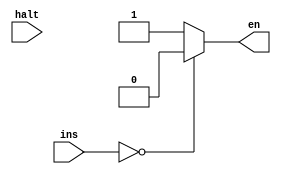
module pcControl (
    input [31:0] ins,
    input halt,
    output reg en
);
    always @(*) begin
        if (halt) en = 'b0;
        
        if (ins == 'b0) begin
            en = 'b0;
        end else begin
            en = 'b1 ;
        end
    end
endmodule